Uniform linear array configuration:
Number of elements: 4
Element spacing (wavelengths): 0.5
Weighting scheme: cosine
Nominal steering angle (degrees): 60
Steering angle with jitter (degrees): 59.212
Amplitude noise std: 0.05
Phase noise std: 0.05

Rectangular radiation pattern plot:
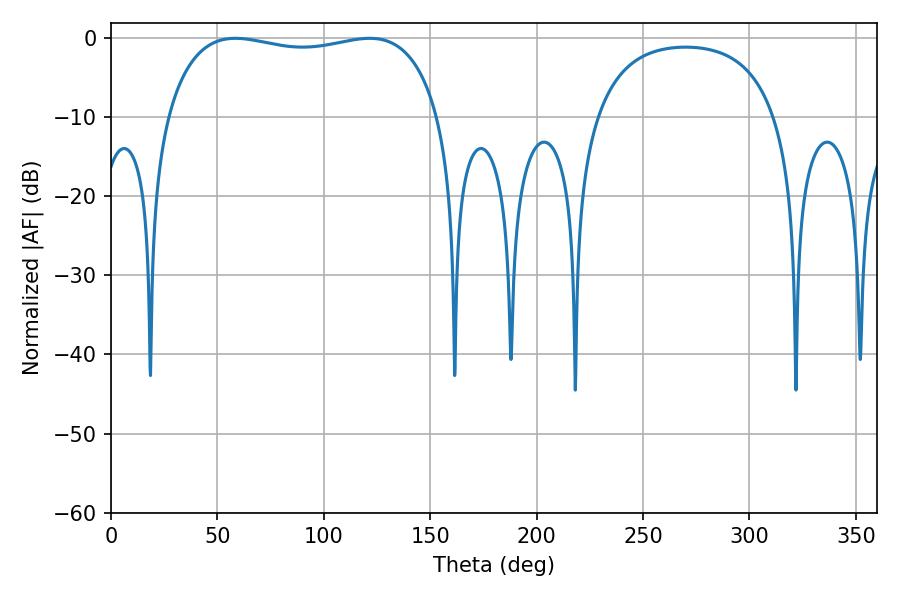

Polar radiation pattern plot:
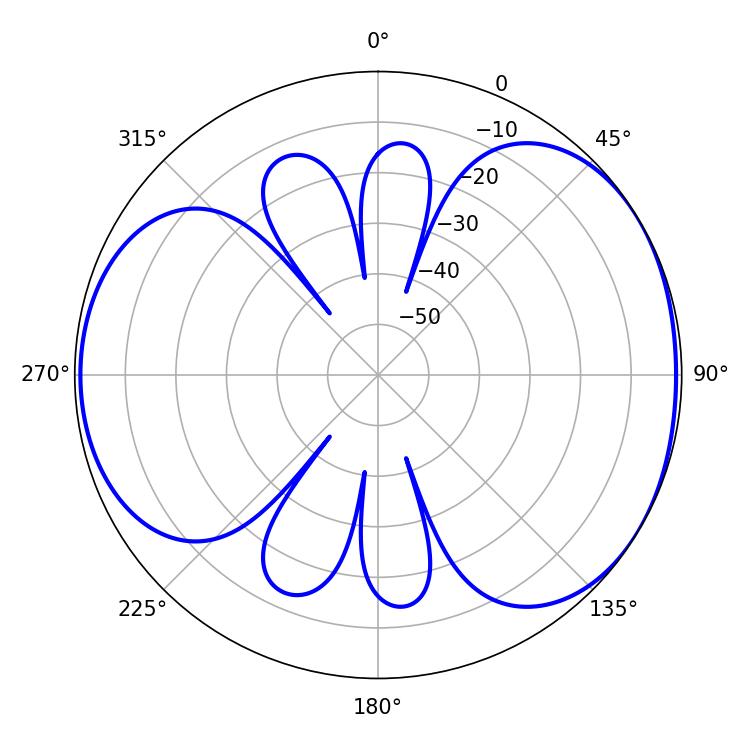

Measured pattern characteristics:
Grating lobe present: FALSE
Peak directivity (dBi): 4.587
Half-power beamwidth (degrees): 104.04
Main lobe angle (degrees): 58.5